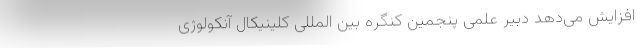
افزایش می‌دهد دبیر علمی پنجمین کنگره بین المللی کلینیکال آنکولوژی